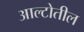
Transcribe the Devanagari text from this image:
आल्टोतील